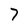
Character: 7